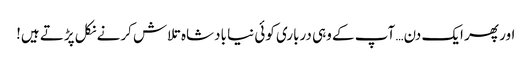
اور پھر ایک دن… آپ کے وہی درباری کوئی نیا بادشاہ تلاش کرنے نکل پڑتے ہیں!